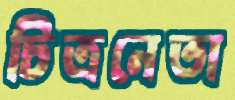
চিত্রনেতা